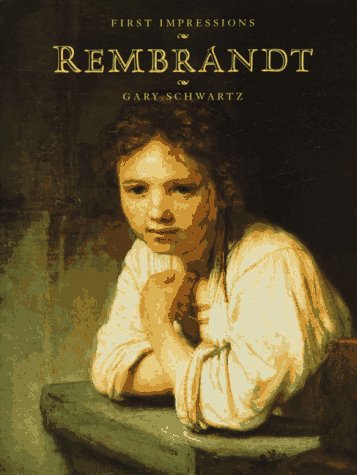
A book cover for First Impressions: Rembrandt; Gary D. Schwartz; Teen & Young Adult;